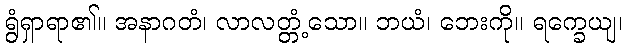
ရွံရှာရာ၏။ အနာဂတံ၊ လာလတ္တံ့သော။ ဘယံ၊ ဘေးကို။ ရက္ခေယျ၊